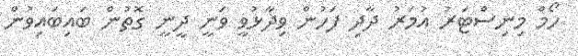
ހޯމް މިނިސްޓަރު އުމަރު ދާދި ފަހުން ވިދާޅުވީ ވަނީ ދީނީ ގޮތުން ބައިބައިވުން